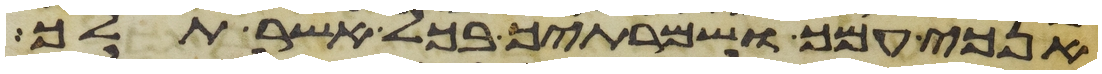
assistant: אנכי עמך ושמרתיך בכל אשר תלך